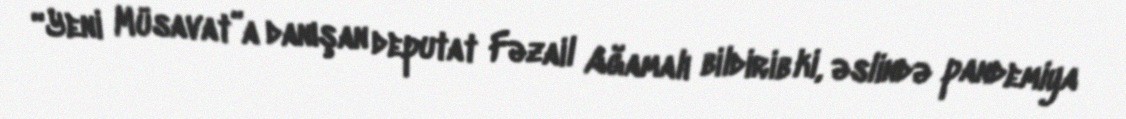
“Yeni Müsavat”a danışan deputat Fəzail Ağamalı bildirib ki, əslində pandemiya